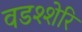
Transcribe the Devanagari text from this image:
वडश्शेरि